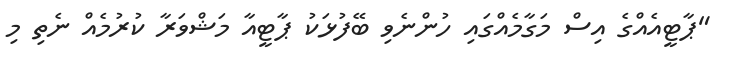
"ޕާޓީއެއްގެ އިސް މަގާމެއްގައި ހުންނެވި ބޭފުޅަކު ޕާޓީއާ މަޝްވަރާ ކުރުމެއް ނެތި މި